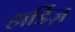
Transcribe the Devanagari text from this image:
हार्डिज़